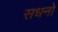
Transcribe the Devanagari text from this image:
सधनो